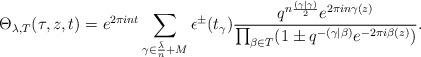
LaTeX: \begin{align*}\Theta_{\lambda, T} (\tau, z, t) = e^{2 \pi int} \sum_{\gamma \in \frac{\bar{\lambda}}{n}+M}^{} \epsilon^\pm (t_\gamma) \frac{q^{n \frac{(\gamma | \gamma)}{2}} e^{2 \pi i n \gamma (z)}}{\prod_{\beta \in T}^{}(1 \pm q^{-(\gamma| \beta)} e^{-2\pi i \beta (z)})}.\end{align*}